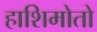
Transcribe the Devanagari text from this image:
हाशिमोतो